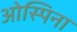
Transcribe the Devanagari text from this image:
ओस्पिना